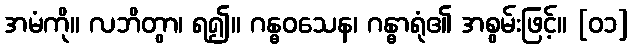
အမံကို။ လဘိတွာ၊ ရ၍။ ဂန္ဓဝသေန၊ ဂန္ဓာရုံ၏ အစွမ်းဖြင့်။ [၀၁]